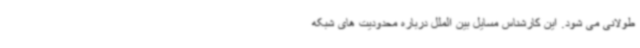
طولانی می شود. این کارشناس مسایل بین الملل درباره محدودیت های شبکه